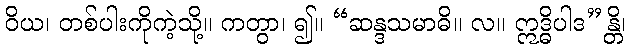
ဝိယ၊ တစ်ပါးကိုကဲ့သို့။ ကတွာ၊ ၍။ “ဆန္ဒသမာဓိ။ လ။ ဣဒ္ဓိပါဒ”န္တိ၊